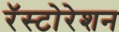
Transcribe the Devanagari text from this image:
रॅस्टोरेशन